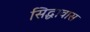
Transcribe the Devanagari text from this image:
सिद्धावास